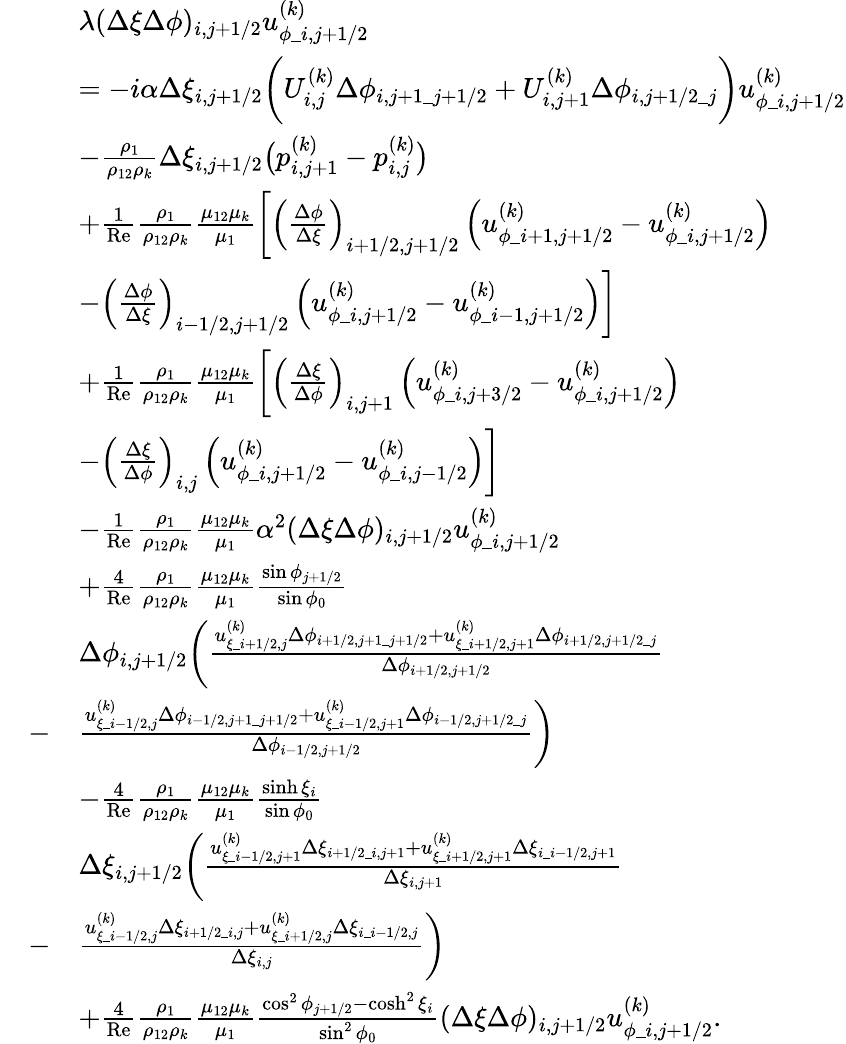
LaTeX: \begin{array}{rl}&{\begin{array}{rl}&{\lambda(\Delta\xi\Delta\phi)_{i,j+1/2}u_{\phi\_ i,j+1/2}^{(k)}}\\ &{=-i\alpha\Delta\xi_{i,j+1/2}\biggl(U_{i,j}^{(k)}\Delta\phi_{i,j+1\_ j+1/2}+U_{i,j+1}^{(k)}\Delta\phi_{i,j+1/2\_ j}\biggr)u_{\phi\_ i,j+1/2}^{(k)}}\\ &{-\frac{\rho_{1}}{\rho_{12}\rho_{k}}\Delta\xi_{i,j+1/2}\bigl(p_{i,j+1}^{(k)}-p_{i,j}^{(k)}\bigr)}\\ &{+\frac{1}{\mathrm{Re}}\frac{\rho_{1}}{\rho_{12}\rho_{k}}\frac{\mu_{12}\mu_{k}}{\mu_{1}}\biggl[\left(\frac{\Delta\phi}{\Delta\xi}\right)_{i+1/2,j+1/2}\left(u_{\phi\_ {i+1,j+1/2}}^{(k)}-u_{\phi\_ {i,j+1/2}}^{(k)}\right)}\\ &{-\left(\frac{\Delta\phi}{\Delta\xi}\right)_{i-1/2,j+1/2}\left(u_{\phi\_ {i,j+1/2}}^{(k)}-u_{\phi\_ {i-1,j+1/2}}^{(k)}\right)\biggr]}\\ &{+\frac{1}{\mathrm{Re}}\frac{\rho_{1}}{\rho_{12}\rho_{k}}\frac{\mu_{12}\mu_{k}}{\mu_{1}}\biggl[\left(\frac{\Delta\xi}{\Delta\phi}\right)_{i,j+1}\left(u_{\phi\_ {i,j+3/2}}^{(k)}-u_{\phi\_ {i,j+1/2}}^{(k)}\right)}\\ &{-\left(\frac{\Delta\xi}{\Delta\phi}\right)_{i,j}\left(u_{\phi\_ {i,j+1/2}}^{(k)}-u_{\phi\_ {i,j-1/2}}^{(k)}\right)\biggr]}\\ &{-\frac{1}{\mathrm{Re}}\frac{\rho_{1}}{\rho_{12}\rho_{k}}\frac{\mu_{12}\mu_{k}}{\mu_{1}}\alpha^{2}(\Delta\xi\Delta\phi)_{i,j+1/2}u_{\phi\_ i,j+1/2}^{(k)}}\\ &{+\frac{4}{\mathrm{Re}}\frac{\rho_{1}}{\rho_{12}\rho_{k}}\frac{\mu_{12}\mu_{k}}{\mu_{1}}\frac{\sin\phi_{j+1/2}}{\sin\phi_{0}}}\\ &{\Delta\phi_{i,j+1/2}\biggl(\frac{u_{\xi\_ i+1/2,j}^{(k)}\Delta\phi_{i+1/2,j+1\_ j+1/2}+u_{\xi\_ i+1/2,j+1}^{(k)}\Delta\phi_{i+1/2,j+1/2\_ j}}{\Delta\phi_{i+1/2,j+1/2}}}\\ {-}&{\frac{u_{\xi\_ i-1/2,j}^{(k)}\Delta\phi_{i-1/2,j+1\_ j+1/2}+u_{\xi\_ i-1/2,j+1}^{(k)}\Delta\phi_{i-1/2,j+1/2\_ j}}{\Delta\phi_{i-1/2,j+1/2}}\biggr)}\\ &{-\frac{4}{\mathrm{Re}}\frac{\rho_{1}}{\rho_{12}\rho_{k}}\frac{\mu_{12}\mu_{k}}{\mu_{1}}\frac{\sinh\xi_{i}}{\sin\phi_{0}}}\\ &{\Delta\xi_{i,j+1/2}\biggl(\frac{u_{\xi\_ i-1/2,j+1}^{(k)}\Delta\xi_{i+1/2\_ i,j+1}+u_{\xi\_ i+1/2,j+1}^{(k)}\Delta\xi_{i\_ i-1/2,j+1}}{\Delta\xi_{i,j+1}}}\\ {-}&{\frac{u_{\xi\_ i-1/2,j}^{(k)}\Delta\xi_{i+1/2\_ i,j}+u_{\xi\_ i+1/2,j}^{(k)}\Delta\xi_{i\_ i-1/2,j}}{\Delta\xi_{i,j}}\biggr)}\\ &{+\frac{4}{\mathrm{Re}}\frac{\rho_{1}}{\rho_{12}\rho_{k}}\frac{\mu_{12}\mu_{k}}{\mu_{1}}\frac{\cos^{2}\phi_{j+1/2}-\cosh^{2}\xi_{i}}{\sin^{2}\phi_{0}}(\Delta\xi\Delta\phi)_{i,j+1/2}u_{\phi\_ i,j+1/2}^{(k)}.}\end{array}}\end{array}